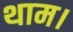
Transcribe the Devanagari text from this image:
थाम।